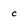
Character: c